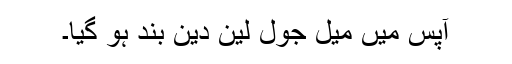
آپس میں میل جول لین دین بند ہو گیا۔